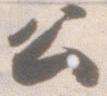
公